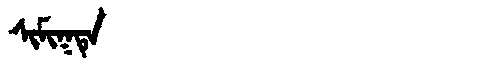
Manchu: ᠰᡳᠮᡳᡴᡨᡝ
Romanization: SIMIKTE